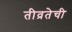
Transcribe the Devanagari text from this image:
तीव्रतेची